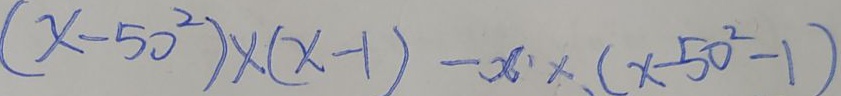
( x - 5 0 ^ { 2 } ) \times ( x - 1 ) - x \times ( x - 5 0 ^ { 2 } - 1 )